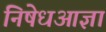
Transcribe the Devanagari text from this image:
निषेधआज्ञा